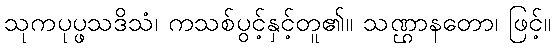
သုကပုပ္ဖသဒိသံ၊ ကသစ်ပွင့်နှင့်တူ၏။ သဏ္ဌာနတော၊ ဖြင့်။